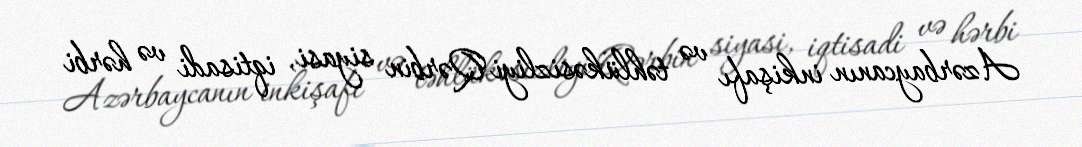
Azərbaycanın inkişafı və təhlükəsizliyi Qərbin siyasi, iqtisadi və hərbi